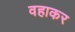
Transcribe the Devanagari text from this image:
वहाकर